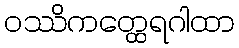
ဝဿိကတ္ထေရဂါထာ